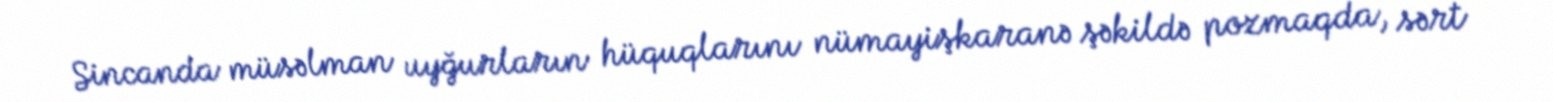
Sincanda müsəlman uyğurların hüquqlarını nümayişkaranə şəkildə pozmaqda, sərt